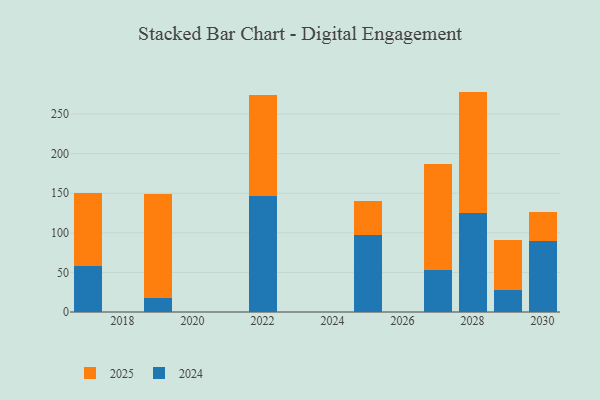
{"axis": {"x": "Year", "y": "Production Output"}, "legend": ["2024", "2025"], "data": [{"x": "2029", "y": 27.6, "type": "2024"}, {"x": "2029", "y": 62.8, "type": "2025"}, {"x": "2017", "y": 57.5, "type": "2024"}, {"x": "2017", "y": 92.5, "type": "2025"}, {"x": "2030", "y": 90.1, "type": "2024"}, {"x": "2030", "y": 36.6, "type": "2025"}, {"x": "2022", "y": 146.6, "type": "2024"}, {"x": "2022", "y": 127.1, "type": "2025"}, {"x": "2027", "y": 53.4, "type": "2024"}, {"x": "2027", "y": 133.9, "type": "2025"}, {"x": "2019", "y": 17.4, "type": "2024"}, {"x": "2019", "y": 131.2, "type": "2025"}, {"x": "2028", "y": 125.2, "type": "2024"}, {"x": "2028", "y": 153.2, "type": "2025"}, {"x": "2025", "y": 97.4, "type": "2024"}, {"x": "2025", "y": 42.7, "type": "2025"}]}